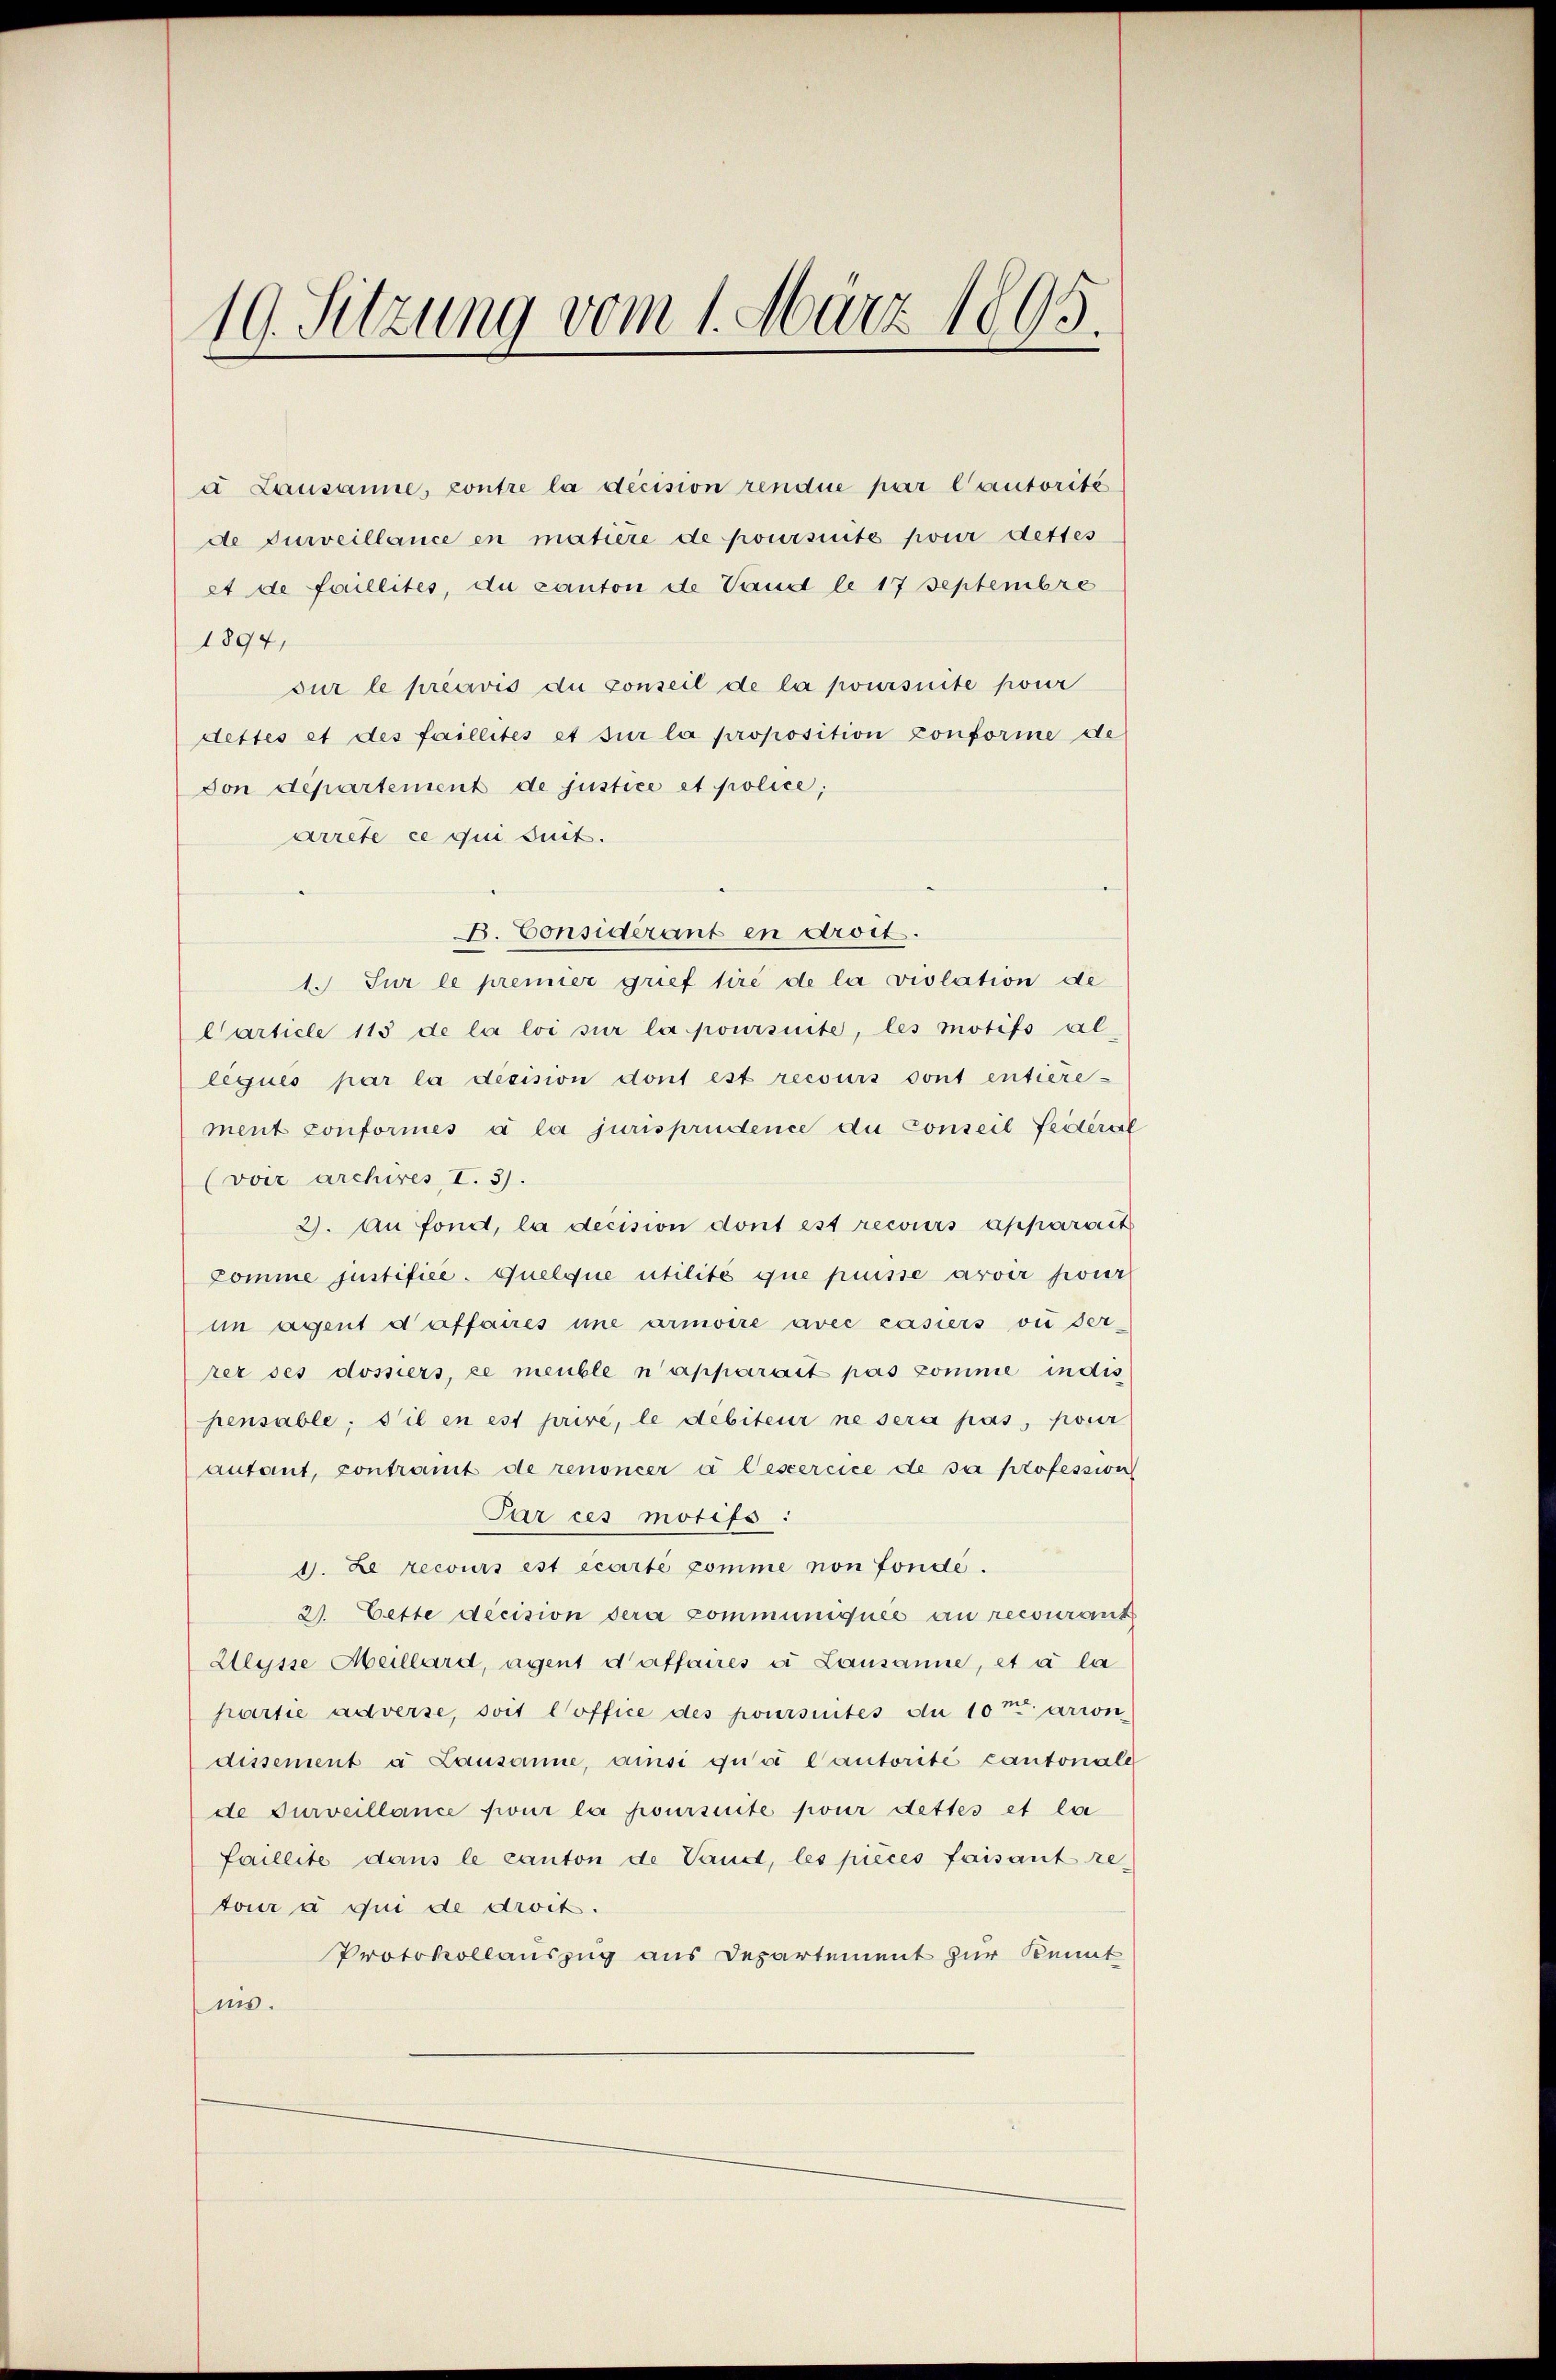
19. Sitzung vom 1. März 1895.

a Lausanne, contre la décision rendue par l’autorité
de surveillance en matière de poursuite pour dettes
et de faillités, du canton de Vand le 17 Septembre
1894,
sur le précivis du conseil de la poursuite pour
dettes et des faillités et sur la proposition conforme de
von departement de justice et police;
arrete ce qui suit.
B. Considérant en droit.
1. Sur le premier grief tire de la violation de
Carticle 115 de la loi sur la poursuite, les motifs alliques par la décision dont est recours sont entière-
ment conformés à la jurisprudence du Conseil feitere
(voir archires I. 3).
2). An fond, la decision dont est recours apparseit
Comme justifice. Quelque utilité que puisse avoir pour
im agent daffaires une armoire avec casiers ou der-
rer ses dossiers, ce meuble n’apparait pas comme indis
pensable; s’il en est prire, le débiteur ne sera pas, pour
anfant, contramt de renoncer à lesercice de sa profession
Par ces motifs :
1. Le recours est écarté pomme non fonde.
2. Cette decision sera communiquée au recourant
Klysse Abellard, agent d’affaires u Lausanne, et à la
partie adverse, soit office des poursintes du 10 t arron
dissement à Lausanne, ansi quoi lautorité cantonale
de surveillance für la poursuite pour dettes et la
faillite dans le canton de Vaud, les pièces faisant re-
tour à qui de droit.
Protokollauszug aus Departement zur Kennt
uns.